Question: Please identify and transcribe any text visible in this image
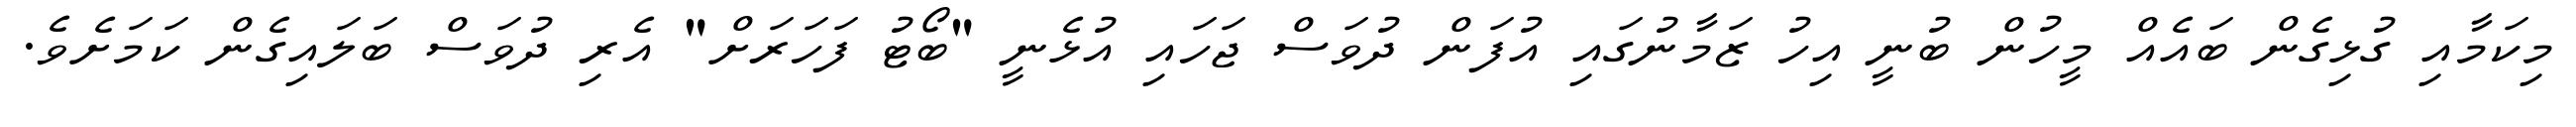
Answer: މިކަމާއި ގުޅިގެން ބައެއް މީހުން ބުނީ އިހު ޒަމާނުގައި އުފަން ދުވަސް ޖަހައި އުޅެނީ "ބޯޓު ފަހަރަށް" އެރި ދުވަސް ބަލައިގެން ކަމަށެވެ.